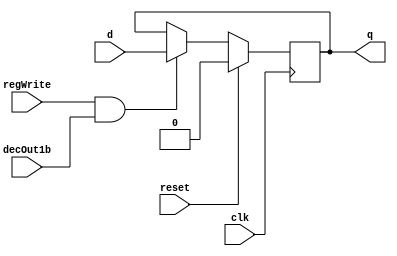
//DFF
module D_ff( input clk, input reset, input regWrite, input decOut1b , input d, output reg q);
    always @ (negedge clk)
    begin
    if(reset==1)
        q=0;
    else
        if(regWrite == 1 && decOut1b==1)
        begin
            q=d;
        end
    end
endmodule

module D_ff_IM(input clk, input reset, input d, output reg q);
	always@(reset or posedge clk)
	if(reset)
		q=d;
endmodule

module register_IM(input clk, input reset, input [7:0] d_in, output [7:0] q_out);
    // register_IM is an 8-bit register
	D_ff_IM dIM0 (clk, reset, d_in[0], q_out[0]);
	D_ff_IM dIM1 (clk, reset, d_in[1], q_out[1]);
	D_ff_IM dIM2 (clk, reset, d_in[2], q_out[2]);
	D_ff_IM dIM3 (clk, reset, d_in[3], q_out[3]);
	D_ff_IM dIM4 (clk, reset, d_in[4], q_out[4]);
	D_ff_IM dIM5 (clk, reset, d_in[5], q_out[5]);
	D_ff_IM dIM6 (clk, reset, d_in[6], q_out[6]);
	D_ff_IM dIM7 (clk, reset, d_in[7], q_out[7]);
endmodule

module mux128to1_IM(input [7:0] in0,   input [7:0] in1,   input [7:0] in2,   input [7:0] in3,
                    input [7:0] in4,   input [7:0] in5,   input [7:0] in6,   input [7:0] in7,
                    input [7:0] in8,   input [7:0] in9,   input [7:0] in10,  input [7:0] in11,
                    input [7:0] in12,  input [7:0] in13,  input [7:0] in14,  input [7:0] in15,
                    input [7:0] in16,  input [7:0] in17,  input [7:0] in18,  input [7:0] in19,
                    input [7:0] in20,  input [7:0] in21,  input [7:0] in22,  input [7:0] in23,
                    input [7:0] in24,  input [7:0] in25,  input [7:0] in26,  input [7:0] in27,
                    input [7:0] in28,  input [7:0] in29,  input [7:0] in30,  input [7:0] in31,
                    input [7:0] in32,  input [7:0] in33,  input [7:0] in34,  input [7:0] in35,
                    input [7:0] in36,  input [7:0] in37,  input [7:0] in38,  input [7:0] in39,
                    input [7:0] in40,  input [7:0] in41,  input [7:0] in42,  input [7:0] in43,
                    input [7:0] in44,  input [7:0] in45,  input [7:0] in46,  input [7:0] in47,
                    input [7:0] in48,  input [7:0] in49,  input [7:0] in50,  input [7:0] in51,
                    input [7:0] in52,  input [7:0] in53,  input [7:0] in54,  input [7:0] in55,
                    input [7:0] in56,  input [7:0] in57,  input [7:0] in58,  input [7:0] in59,
                    input [7:0] in60,  input [7:0] in61,  input [7:0] in62,  input [7:0] in63,
                    input [7:0] in64,  input [7:0] in65,  input [7:0] in66,  input [7:0] in67,
                    input [7:0] in68,  input [7:0] in69,  input [7:0] in70,  input [7:0] in71,
                    input [7:0] in72,  input [7:0] in73,  input [7:0] in74,  input [7:0] in75,
                    input [7:0] in76,  input [7:0] in77,  input [7:0] in78,  input [7:0] in79,
                    input [7:0] in80,  input [7:0] in81,  input [7:0] in82,  input [7:0] in83,
                    input [7:0] in84,  input [7:0] in85,  input [7:0] in86,  input [7:0] in87,
                    input [7:0] in88,  input [7:0] in89,  input [7:0] in90,  input [7:0] in91,
                    input [7:0] in92,  input [7:0] in93,  input [7:0] in94,  input [7:0] in95,
                    input [7:0] in96,  input [7:0] in97,  input [7:0] in98,  input [7:0] in99,
                    input [7:0] in100, input [7:0] in101, input [7:0] in102, input [7:0] in103,
                    input [7:0] in104, input [7:0] in105, input [7:0] in106, input [7:0] in107,
                    input [7:0] in108, input [7:0] in109, input [7:0] in110, input [7:0] in111,
                    input [7:0] in112, input [7:0] in113, input [7:0] in114, input [7:0] in115,
                    input [7:0] in116, input [7:0] in117, input [7:0] in118, input [7:0] in119,
                    input [7:0] in120, input [7:0] in121, input [7:0] in122, input [7:0] in123,
                    input [7:0] in124, input [7:0] in125, input [7:0] in126, input [7:0] in127,
                    input [4:0] select, output reg [31:0] muxOut);
    always@(in0,   in1,   in2,   in3,   in4,   in5,   in6,   in7, 
            in8,   in9,   in10,  in11,  in12,  in13,  in14,  in15,   
            in16,  in17,  in18,  in19,  in20,  in21,  in22,  in23, 
            in24,  in25,  in26,  in27,  in28,  in29,  in30,  in31, 
            in32,  in33,  in34,  in35,  in36,  in37,  in38,  in39, 
            in40,  in41,  in42,  in43,  in44,  in45,  in46,  in47, 
            in48,  in49,  in50,  in51,  in52,  in53,  in54,  in55, 
            in56,  in57,  in58,  in59,  in60,  in61,  in62,  in63, 
            in64,  in65,  in66,  in67,  in68,  in69,  in70,  in71, 
            in72,  in73,  in74,  in75,  in76,  in77,  in78,  in79, 
            in80,  in81,  in82,  in83,  in84,  in85,  in86,  in87, 
            in88,  in89,  in90,  in91,  in92,  in93,  in94,  in95, 
            in96,  in97,  in98,  in99,  in100, in101, in102, in103,
            in104, in105, in106, in107, in108, in109, in110, in111,
            in112, in113, in114, in115, in116, in117, in118, in119,
            in120, in121, in122, in123, in124, in125, in126, in127,
            select)
	begin
        case(select)
			5'd0: muxOut = {in0,in1,in2,in3};
			5'd1: muxOut = {in4,in5,in6,in7};
			5'd2: muxOut = {in8,in9,in10,in11};
			5'd3: muxOut = {in12,in13,in14,in15};
			5'd4: muxOut = {in16,in17,in18,in19};
			5'd5: muxOut = {in20,in21,in22,in23};
			5'd6: muxOut = {in24,in25,in26,in27};
			5'd7: muxOut = {in28,in29,in30,in31};
			5'd8: muxOut = {in32,in33,in34,in35};
			5'd9: muxOut = {in36,in37,in38,in39};
			5'd10: muxOut = {in40,in41,in42,in43};
			5'd11: muxOut = {in44,in45,in46,in47};
			5'd12: muxOut = {in48,in49,in50,in51};
			5'd13: muxOut = {in52,in53,in54,in55};
			5'd14: muxOut = {in56,in57,in58,in59};
			5'd15: muxOut = {in60,in61,in62,in63};
			5'd16: muxOut = {in64,in65,in66,in67};
			5'd17: muxOut = {in68,in69,in70,in71};
			5'd18: muxOut = {in72,in73,in74,in75};
			5'd19: muxOut = {in76,in77,in78,in79};
			5'd20: muxOut = {in80,in81,in82,in83};
			5'd21: muxOut = {in84,in85,in86,in87};
			5'd22: muxOut = {in88,in89,in90,in91};
			5'd23: muxOut = {in92,in93,in94,in95};
			5'd24: muxOut = {in96,in97,in98,in99};
			5'd25: muxOut = {in100,in101,in102,in103};
			5'd26: muxOut = {in104,in105,in106,in107};
			5'd27: muxOut = {in108,in109,in110,in111};
			5'd28: muxOut = {in112,in113,in114,in115};
			5'd29: muxOut = {in116,in117,in118,in119};
			5'd30: muxOut = {in120,in121,in122,in123};
			5'd31: muxOut = {in124,in125,in126,in127};
        endcase
    end
endmodule

module IM(input clk, input reset, input [4:0] pc_5bits, output [31:0] IR);
    wire [7:0] outR0,   outR1,   outR2,   outR3,   outR4,   outR5,   outR6,   outR7,   
               outR8,   outR9,   outR10,  outR11,  outR12,  outR13,  outR14,  outR15,   
               outR16,  outR17,  outR18,  outR19,  outR20,  outR21,  outR22,  outR23, 
               outR24,  outR25,  outR26,  outR27,  outR28,  outR29,  outR30,  outR31, 
               outR32,  outR33,  outR34,  outR35,  outR36,  outR37,  outR38,  outR39, 
               outR40,  outR41,  outR42,  outR43,  outR44,  outR45,  outR46,  outR47, 
               outR48,  outR49,  outR50,  outR51,  outR52,  outR53,  outR54,  outR55, 
               outR56,  outR57,  outR58,  outR59,  outR60,  outR61,  outR62,  outR63, 
               outR64,  outR65,  outR66,  outR67,  outR68,  outR69,  outR70,  outR71, 
               outR72,  outR73,  outR74,  outR75,  outR76,  outR77,  outR78,  outR79, 
               outR80,  outR81,  outR82,  outR83,  outR84,  outR85,  outR86,  outR87, 
               outR88,  outR89,  outR90,  outR91,  outR92,  outR93,  outR94,  outR95, 
               outR96,  outR97,  outR98,  outR99,  outR100, outR101, outR102, outR103,
               outR104, outR105, outR106, outR107, outR108, outR109, outR110, outR111,
               outR112, outR113, outR114, outR115, outR116, outR117, outR118, outR119,
               outR120, outR121, outR122, outR123, outR124, outR125, outR126, outR127;

    // ONLY modify the first 16 register_IM instances to have the instructions listed in the PDF, in that order
    // The d_in of the register_IM instances should contain the instruction as per the instruction format provided
    // Hint: MIPS uses Big-Endian addressing so please note the order of registers specified in mux128to1_IM
    register_IM rIM0   (clk, reset, 8'h02, outR0);  // sub $s2, $s1, $s0
    register_IM rIM1   (clk, reset, 8'h30, outR1);   
    register_IM rIM2   (clk, reset, 8'h90, outR2);   
    register_IM rIM3   (clk, reset, 8'h22, outR3);   
    register_IM rIM4   (clk, reset, 8'h01, outR4);  // add $t3, $t2, $t0
    register_IM rIM5   (clk, reset, 8'h48, outR5);  
    register_IM rIM6   (clk, reset, 8'h58, outR6);  
    register_IM rIM7   (clk, reset, 8'h20, outR7);   
    register_IM rIM8   (clk, reset, 8'h01, outR8);  // or  $s1, $t1, $t4
    register_IM rIM9   (clk, reset, 8'h2C, outR9);   
    register_IM rIM10  (clk, reset, 8'h88, outR10);   
    register_IM rIM11  (clk, reset, 8'h25, outR11);   
    register_IM rIM12  (clk, reset, 8'h22, outR12); // addi $t4, $s0, 0x000D
    register_IM rIM13  (clk, reset, 8'h0C, outR13);  
    register_IM rIM14  (clk, reset, 8'h00, outR14);  
    register_IM rIM15  (clk, reset, 8'h0D, outR15); 
    register_IM rIM16  (clk, reset, 8'h00, outR16); 
    register_IM rIM17  (clk, reset, 8'h00, outR17);  
    register_IM rIM18  (clk, reset, 8'h00, outR18);  
    register_IM rIM19  (clk, reset, 8'h00, outR19); 
    register_IM rIM20  (clk, reset, 8'h00, outR20);  
    register_IM rIM21  (clk, reset, 8'h00, outR21);  
    register_IM rIM22  (clk, reset, 8'h00, outR22);  
    register_IM rIM23  (clk, reset, 8'h00, outR23); 
    register_IM rIM24  (clk, reset, 8'h00, outR24); 
    register_IM rIM25  (clk, reset, 8'h00, outR25);  
    register_IM rIM26  (clk, reset, 8'h00, outR26);  
    register_IM rIM27  (clk, reset, 8'h00, outR27); 
    register_IM rIM28  (clk, reset, 8'h00, outR28);
    register_IM rIM29  (clk, reset, 8'h00, outR29);   
    register_IM rIM30  (clk, reset, 8'h00, outR30);   
    register_IM rIM31  (clk, reset, 8'h00, outR31);  
    register_IM rIM32  (clk, reset, 8'h00, outR32);   
    register_IM rIM33  (clk, reset, 8'h00, outR33);   
    register_IM rIM34  (clk, reset, 8'h00, outR34);   
    register_IM rIM35  (clk, reset, 8'h00, outR35);  
    register_IM rIM36  (clk, reset, 8'h00, outR36);   
    register_IM rIM37  (clk, reset, 8'h00, outR37);   
    register_IM rIM38  (clk, reset, 8'h00, outR38);   
    register_IM rIM39  (clk, reset, 8'h00, outR39);  
    register_IM rIM40  (clk, reset, 8'h00, outR40);   
    register_IM rIM41  (clk, reset, 8'h00, outR41);  
    register_IM rIM42  (clk, reset, 8'h00, outR42);  
    register_IM rIM43  (clk, reset, 8'h00, outR43); 
    register_IM rIM44  (clk, reset, 8'h00, outR44);                        
    register_IM rIM45  (clk, reset, 8'h00, outR45);             
    register_IM rIM46  (clk, reset, 8'h00, outR46);             
    register_IM rIM47  (clk, reset, 8'h00, outR47); 
    register_IM rIM48  (clk, reset, 8'h00, outR48);   
    register_IM rIM49  (clk, reset, 8'h00, outR49);  
    register_IM rIM50  (clk, reset, 8'h00, outR50);  
    register_IM rIM51  (clk, reset, 8'h00, outR51); 
    register_IM rIM52  (clk, reset, 8'h00, outR52);  
    register_IM rIM53  (clk, reset, 8'h00, outR53);  
    register_IM rIM54  (clk, reset, 8'h00, outR54);  
    register_IM rIM55  (clk, reset, 8'h00, outR55);  
    register_IM rIM56  (clk, reset, 8'h00, outR56);                     
    register_IM rIM57  (clk, reset, 8'h00, outR57);             
    register_IM rIM58  (clk, reset, 8'h00, outR58);             
    register_IM rIM59  (clk, reset, 8'h00, outR59);  
    register_IM rIM60  (clk, reset, 8'h00, outR60); 
    register_IM rIM61  (clk, reset, 8'h00, outR61); 
    register_IM rIM62  (clk, reset, 8'h00, outR62); 
    register_IM rIM63  (clk, reset, 8'h00, outR63); 
    register_IM rIM64  (clk, reset, 8'h00, outR64);
    register_IM rIM65  (clk, reset, 8'h00, outR65);
    register_IM rIM66  (clk, reset, 8'h00, outR66);
    register_IM rIM67  (clk, reset, 8'h00, outR67);
    register_IM rIM68  (clk, reset, 8'h00, outR68);
    register_IM rIM69  (clk, reset, 8'h00, outR69);
    register_IM rIM70  (clk, reset, 8'h00, outR70);
    register_IM rIM71  (clk, reset, 8'h00, outR71);
    register_IM rIM72  (clk, reset, 8'h00, outR72);
    register_IM rIM73  (clk, reset, 8'h00, outR73);
    register_IM rIM74  (clk, reset, 8'h00, outR74);
    register_IM rIM75  (clk, reset, 8'h00, outR75);
    register_IM rIM76  (clk, reset, 8'h00, outR76);
    register_IM rIM77  (clk, reset, 8'h00, outR77);
    register_IM rIM78  (clk, reset, 8'h00, outR78);
    register_IM rIM79  (clk, reset, 8'h00, outR79);
    register_IM rIM80  (clk, reset, 8'h00, outR80);
    register_IM rIM81  (clk, reset, 8'h00, outR81);
    register_IM rIM82  (clk, reset, 8'h00, outR82);
    register_IM rIM83  (clk, reset, 8'h00, outR83);
    register_IM rIM84  (clk, reset, 8'h00, outR84);
    register_IM rIM85  (clk, reset, 8'h00, outR85);
    register_IM rIM86  (clk, reset, 8'h00, outR86);
    register_IM rIM87  (clk, reset, 8'h00, outR87);
    register_IM rIM88  (clk, reset, 8'h00, outR88);
    register_IM rIM89  (clk, reset, 8'h00, outR89);
    register_IM rIM90  (clk, reset, 8'h00, outR90);
    register_IM rIM91  (clk, reset, 8'h00, outR91);
    register_IM rIM92  (clk, reset, 8'h00, outR92);
    register_IM rIM93  (clk, reset, 8'h00, outR93);
    register_IM rIM94  (clk, reset, 8'h00, outR94);
    register_IM rIM95  (clk, reset, 8'h00, outR95);
    register_IM rIM96  (clk, reset, 8'h00, outR96);
    register_IM rIM97  (clk, reset, 8'h00, outR97);
    register_IM rIM98  (clk, reset, 8'h00, outR98);
    register_IM rIM99  (clk, reset, 8'h00, outR99);
    register_IM rIM100 (clk, reset, 8'h00, outR100);
    register_IM rIM101 (clk, reset, 8'h00, outR101);
    register_IM rIM102 (clk, reset, 8'h00, outR102);
    register_IM rIM103 (clk, reset, 8'h00, outR103);
    register_IM rIM104 (clk, reset, 8'h00, outR104);
    register_IM rIM105 (clk, reset, 8'h00, outR105);
    register_IM rIM106 (clk, reset, 8'h00, outR106);
    register_IM rIM107 (clk, reset, 8'h00, outR107);
    register_IM rIM108 (clk, reset, 8'h00, outR108);
    register_IM rIM109 (clk, reset, 8'h00, outR109);
    register_IM rIM110 (clk, reset, 8'h00, outR110);
    register_IM rIM111 (clk, reset, 8'h00, outR111);
    register_IM rIM112 (clk, reset, 8'h00, outR112);
    register_IM rIM113 (clk, reset, 8'h00, outR113);
    register_IM rIM114 (clk, reset, 8'h00, outR114);
    register_IM rIM115 (clk, reset, 8'h00, outR115);
    register_IM rIM116 (clk, reset, 8'h00, outR116);
    register_IM rIM117 (clk, reset, 8'h00, outR117);
    register_IM rIM118 (clk, reset, 8'h00, outR118);
    register_IM rIM119 (clk, reset, 8'h00, outR119);
    register_IM rIM120 (clk, reset, 8'h00, outR120);
    register_IM rIM121 (clk, reset, 8'h00, outR121);
    register_IM rIM122 (clk, reset, 8'h00, outR122);
    register_IM rIM123 (clk, reset, 8'h00, outR123);
    register_IM rIM124 (clk, reset, 8'h00, outR124);
    register_IM rIM125 (clk, reset, 8'h00, outR125);
    register_IM rIM126 (clk, reset, 8'h00, outR126);
    register_IM rIM127 (clk, reset, 8'h00, outR127);




    mux128to1_IM muxIM (outR0,   outR1,   outR2,   outR3,   outR4,   outR5,   outR6,   outR7,   
                        outR8,   outR9,   outR10,  outR11,  outR12,  outR13,  outR14,  outR15,   
                        outR16,  outR17,  outR18,  outR19,  outR20,  outR21,  outR22,  outR23, 
                        outR24,  outR25,  outR26,  outR27,  outR28,  outR29,  outR30,  outR31, 
                        outR32,  outR33,  outR34,  outR35,  outR36,  outR37,  outR38,  outR39, 
                        outR40,  outR41,  outR42,  outR43,  outR44,  outR45,  outR46,  outR47, 
                        outR48,  outR49,  outR50,  outR51,  outR52,  outR53,  outR54,  outR55, 
                        outR56,  outR57,  outR58,  outR59,  outR60,  outR61,  outR62,  outR63, 
                        outR64,  outR65,  outR66,  outR67,  outR68,  outR69,  outR70,  outR71, 
                        outR72,  outR73,  outR74,  outR75,  outR76,  outR77,  outR78,  outR79, 
                        outR80,  outR81,  outR82,  outR83,  outR84,  outR85,  outR86,  outR87, 
                        outR88,  outR89,  outR90,  outR91,  outR92,  outR93,  outR94,  outR95, 
                        outR96,  outR97,  outR98,  outR99,  outR100, outR101, outR102, outR103,
                        outR104, outR105, outR106, outR107, outR108, outR109, outR110, outR111,
                        outR112, outR113, outR114, outR115, outR116, outR117, outR118, outR119,
                        outR120, outR121, outR122, outR123, outR124, outR125, outR126, outR127,
                        pc_5bits, IR);
endmodule


module register32bit(input clk, input reset, input regWrite, input decoderOut1bit, input[31:0] writeData, output[31:0] regOut);
    // Define register as you did in the previous lab. Use D_ff, not D_ff_IM
    // Your code here
    D_ff d0(clk, reset, regWrite, decoderOut1bit, writeData[0], regOut[0]);
    D_ff d1(clk, reset, regWrite, decoderOut1bit, writeData[1], regOut[1]);
    D_ff d2(clk, reset, regWrite, decoderOut1bit, writeData[2], regOut[2]);
    D_ff d3(clk, reset, regWrite, decoderOut1bit, writeData[3], regOut[3]);
    D_ff d4(clk, reset, regWrite, decoderOut1bit, writeData[4], regOut[4]);
    D_ff d5(clk, reset, regWrite, decoderOut1bit, writeData[5], regOut[5]);
    D_ff d6(clk, reset, regWrite, decoderOut1bit, writeData[6], regOut[6]);
    D_ff d7(clk, reset, regWrite, decoderOut1bit, writeData[7], regOut[7]);

    D_ff d8(clk, reset, regWrite, decoderOut1bit, writeData[8], regOut[8]);
    D_ff d9(clk, reset, regWrite, decoderOut1bit, writeData[9], regOut[9]);
    D_ff d10(clk, reset, regWrite, decoderOut1bit, writeData[10], regOut[10]);
    D_ff d11(clk, reset, regWrite, decoderOut1bit, writeData[11], regOut[11]);
    D_ff d12(clk, reset, regWrite, decoderOut1bit, writeData[12], regOut[12]);
    D_ff d13(clk, reset, regWrite, decoderOut1bit, writeData[13], regOut[13]);
    D_ff d14(clk, reset, regWrite, decoderOut1bit, writeData[14], regOut[14]);
    D_ff d15(clk, reset, regWrite, decoderOut1bit, writeData[15], regOut[15]);

    D_ff d16(clk, reset, regWrite, decoderOut1bit, writeData[16], regOut[16]);
    D_ff d17(clk, reset, regWrite, decoderOut1bit, writeData[17], regOut[17]);
    D_ff d18(clk, reset, regWrite, decoderOut1bit, writeData[18], regOut[18]);
    D_ff d19(clk, reset, regWrite, decoderOut1bit, writeData[19], regOut[19]);
    D_ff d20(clk, reset, regWrite, decoderOut1bit, writeData[20], regOut[20]);
    D_ff d21(clk, reset, regWrite, decoderOut1bit, writeData[21], regOut[21]);
    D_ff d22(clk, reset, regWrite, decoderOut1bit, writeData[22], regOut[22]);
    D_ff d23(clk, reset, regWrite, decoderOut1bit, writeData[23], regOut[23]);

    D_ff d24(clk, reset, regWrite, decoderOut1bit, writeData[24], regOut[24]);
    D_ff d25(clk, reset, regWrite, decoderOut1bit, writeData[25], regOut[25]);
    D_ff d26(clk, reset, regWrite, decoderOut1bit, writeData[26], regOut[26]);
    D_ff d27(clk, reset, regWrite, decoderOut1bit, writeData[27], regOut[27]);
    D_ff d28(clk, reset, regWrite, decoderOut1bit, writeData[28], regOut[28]);
    D_ff d29(clk, reset, regWrite, decoderOut1bit, writeData[29], regOut[29]);
    D_ff d30(clk, reset, regWrite, decoderOut1bit, writeData[30], regOut[30]);
    D_ff d31(clk, reset, regWrite, decoderOut1bit, writeData[31], regOut[31]);
endmodule

module adder(input [31:0] in1, input [31:0] in2, output reg [31:0] adderOut);
    // adder adds 2 32-bit numbers and outputs their sum
    // Your code here
    always @ *
    begin
        adderOut = in1 + in2;
    end
endmodule

module Reading_IM(input clk, input reset, output [5:0] opcode, output [5:0] funct);
    // PC is merely an instance of register32bit. regWrite and decoderOutput1bit input signals should be set
    // Your code here
    wire[31:0] outPC, inPC;
    wire[4:0] rs, rt, rd, shamt;
    wire[31:0] IR = { opcode, rs, rt, rd, shamt, funct };
    register32bit pc(clk, reset, 1'b1, 1'b1, inPC, outPC);
    adder a(32'd4, outPC, inPC);
    IM im(clk, reset, outPC[6:2], { opcode, rs, rt, rd, shamt, funct });
endmodule	

module Reading_IMTestBench;
	reg clk;
	reg reset;
	wire [5:0] opcode, funct;
	Reading_IM uut (.clk(clk), .reset(reset), .opcode(opcode), .funct(funct));

	always
	#5 clk=~clk;
	
	initial
	begin
    $dumpfile("2018A7PS0182G_Lab3.vcd");
		$dumpvars(0, Reading_IMTestBench);
		clk=0; reset=1;
		#5  reset=0;	
		#50 $finish; 
	end
endmodule